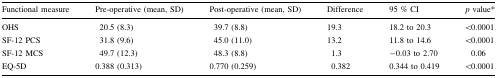
<table><thead><tr><td><b>Functional measure</b></td><td><b>Pre-operative (mean, SD)</b></td><td><b>Post-operative (mean, SD)</b></td><td><b>Difference</b></td><td><b>95 % CI</b></td><td><b><i>p</i> value*</b></td></tr></thead><tbody><tr><td>OHS</td><td>20.5 (8.3)</td><td>39.7 (8.8)</td><td>19.3</td><td>18.2 to 20.3</td><td>&lt;0.0001</td></tr><tr><td>SF-12 PCS</td><td>31.8 (9.6)</td><td>45.0 (11.0)</td><td>13.2</td><td>11.8 to 14.6</td><td>&lt;0.0001</td></tr><tr><td>SF-12 MCS</td><td>49.7 (12.3)</td><td>48.3 (8.8)</td><td>1.3</td><td>−0.03 to 2.70</td><td>0.06</td></tr><tr><td>EQ-5D</td><td>0.388 (0.313)</td><td>0.770 (0.259)</td><td>0.382</td><td>0.344 to 0.419</td><td>&lt;0.0001</td></tr></tbody></table>